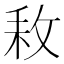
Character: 𢼡